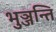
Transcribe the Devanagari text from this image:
भुञ्जन्ति